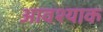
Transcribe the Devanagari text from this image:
आवश्याक